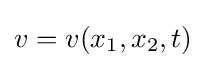
v=v(x_{1},x_{2},t)